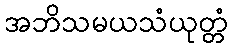
အဘိသမယသံယုတ္တံ